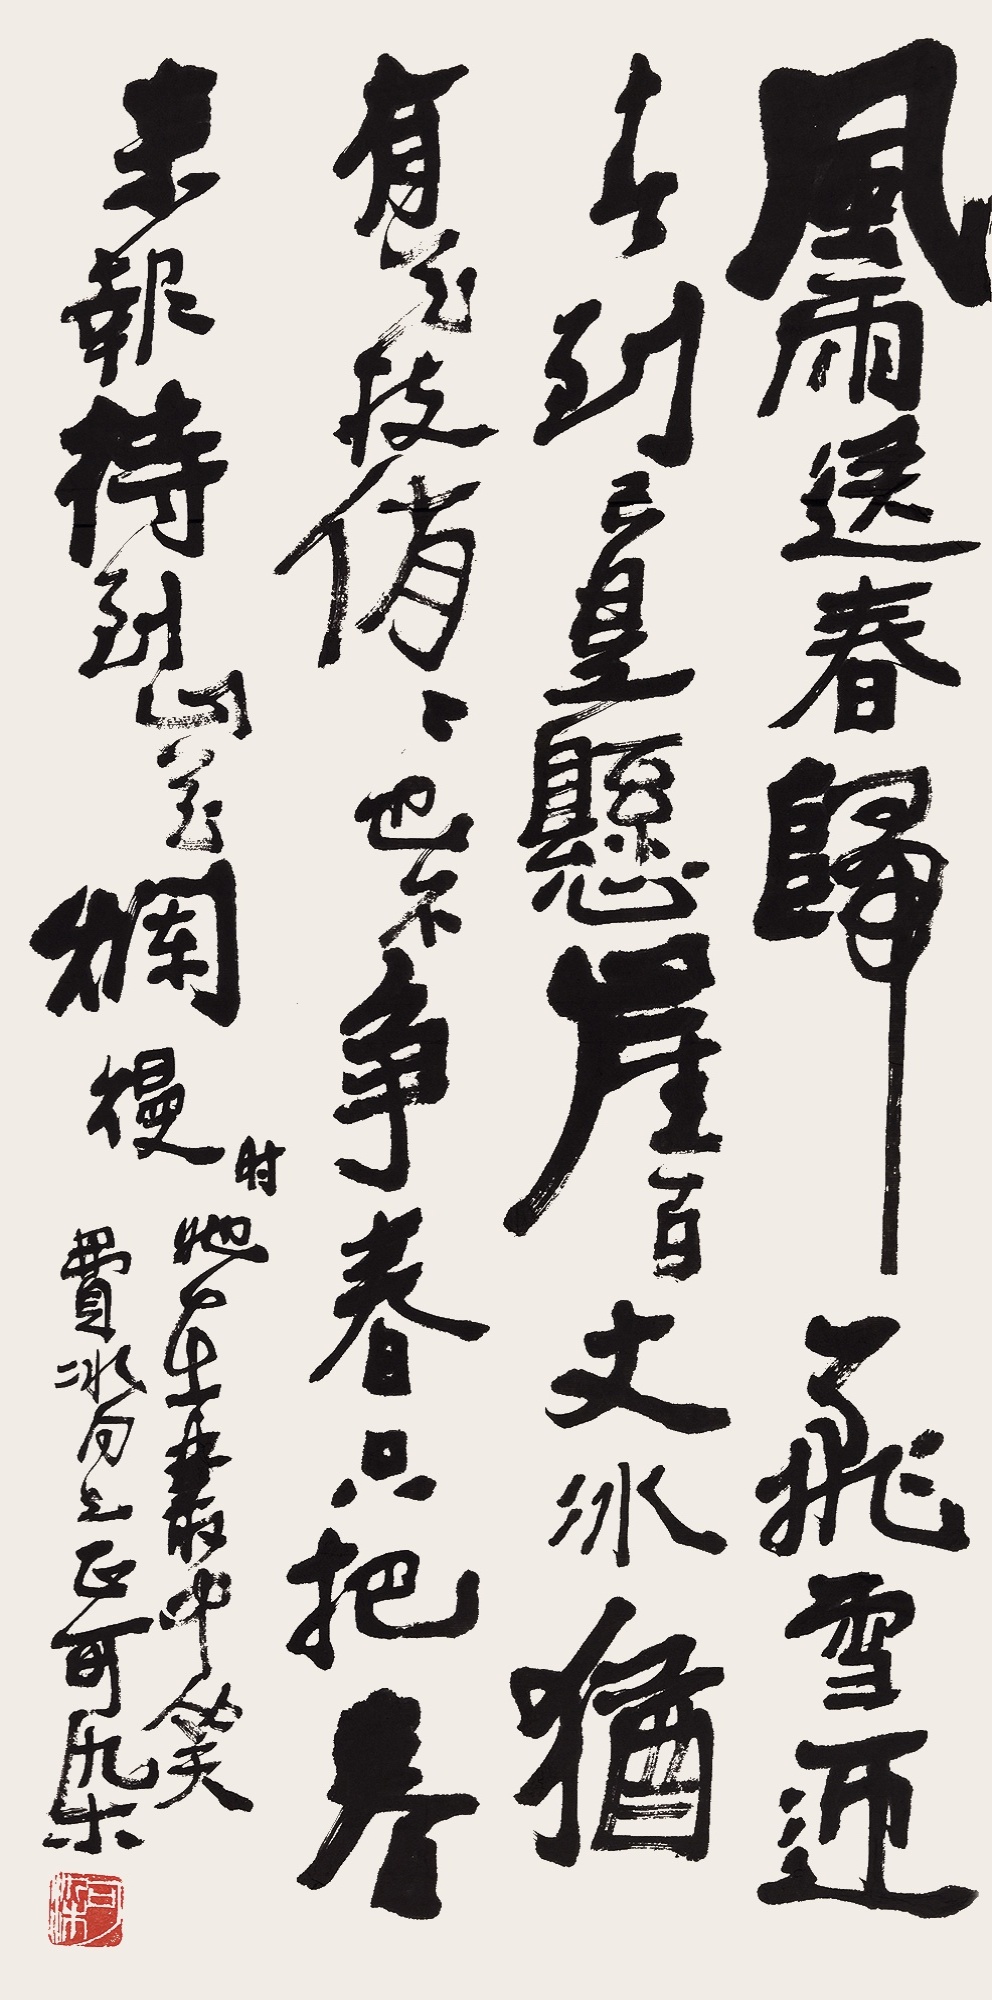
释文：风雨送春归，飞雪迎春到。已是悬崖百丈冰，犹有花枝俏。俏也不争春，只把春来报。待到山花烂漫时，她在丛中笑。费冰同志正。可染。